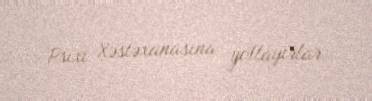
Psixi Xəstəxanasına yollayırlar.